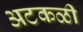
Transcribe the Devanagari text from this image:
अटकळी